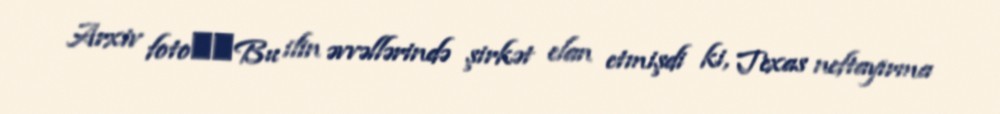
Arxiv foto​​Bu ilin əvvəllərində şirkət elan etmişdi ki, Texas neftayırma